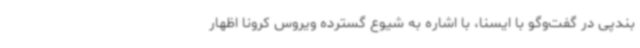
بندپی در گفت‌وگو با ایسنا، با اشاره به شیوع گسترده ویروس کرونا اظهار